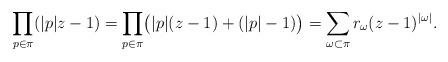
LaTeX: \begin{align*} \prod_{p \in \pi} (|p|z - 1) = \prod_{p \in \pi} \bigl(|p|(z - 1) + (|p| - 1)\bigr) = \sum_{\omega \subset \pi} r_\omega (z-1)^{|\omega|}. \end{align*}